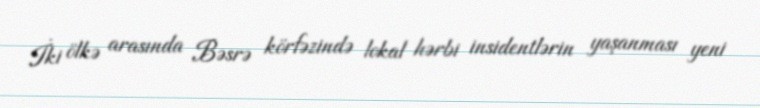
İki ölkə arasında Bəsrə körfəzində lokal hərbi insidentlərin yaşanması yeni